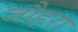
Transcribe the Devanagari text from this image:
जौहरा